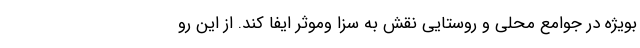
بویژه در جوامع محلی و روستایی نقش به سزا و‌موثر ایفا کند. از این رو